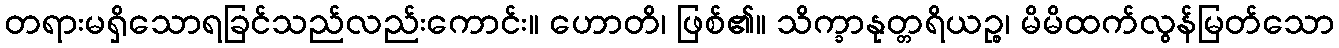
တရားမရှိသောရခြင်သည်လည်းကောင်း။ ဟောတိ၊ ဖြစ်၏။ သိက္ခာနုတ္တရိယဉ္စ၊ မိမိထက်လွန်မြတ်သော